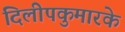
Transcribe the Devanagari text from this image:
दिलीपकुमारके